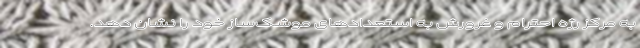
به مرکز رژه احترام و غرورش به استعدادهای موشک‌ساز خود را نشان دهد.